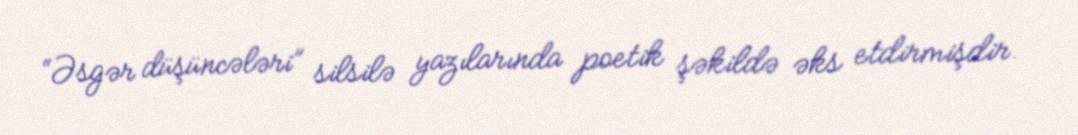
“Əsgər düşüncələri” silsilə yazılarında poetik şəkildə əks etdirmişdir.